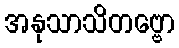
အနုသာသိတဗ္ဗော